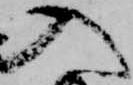
入